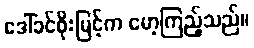
ဒေါ်ခင်စိုးမြင့်က မော့ကြည့်သည်။